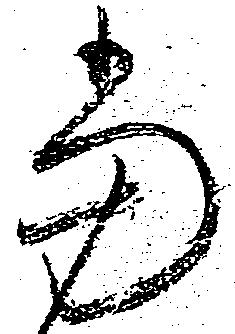
当